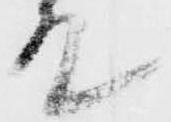
殿